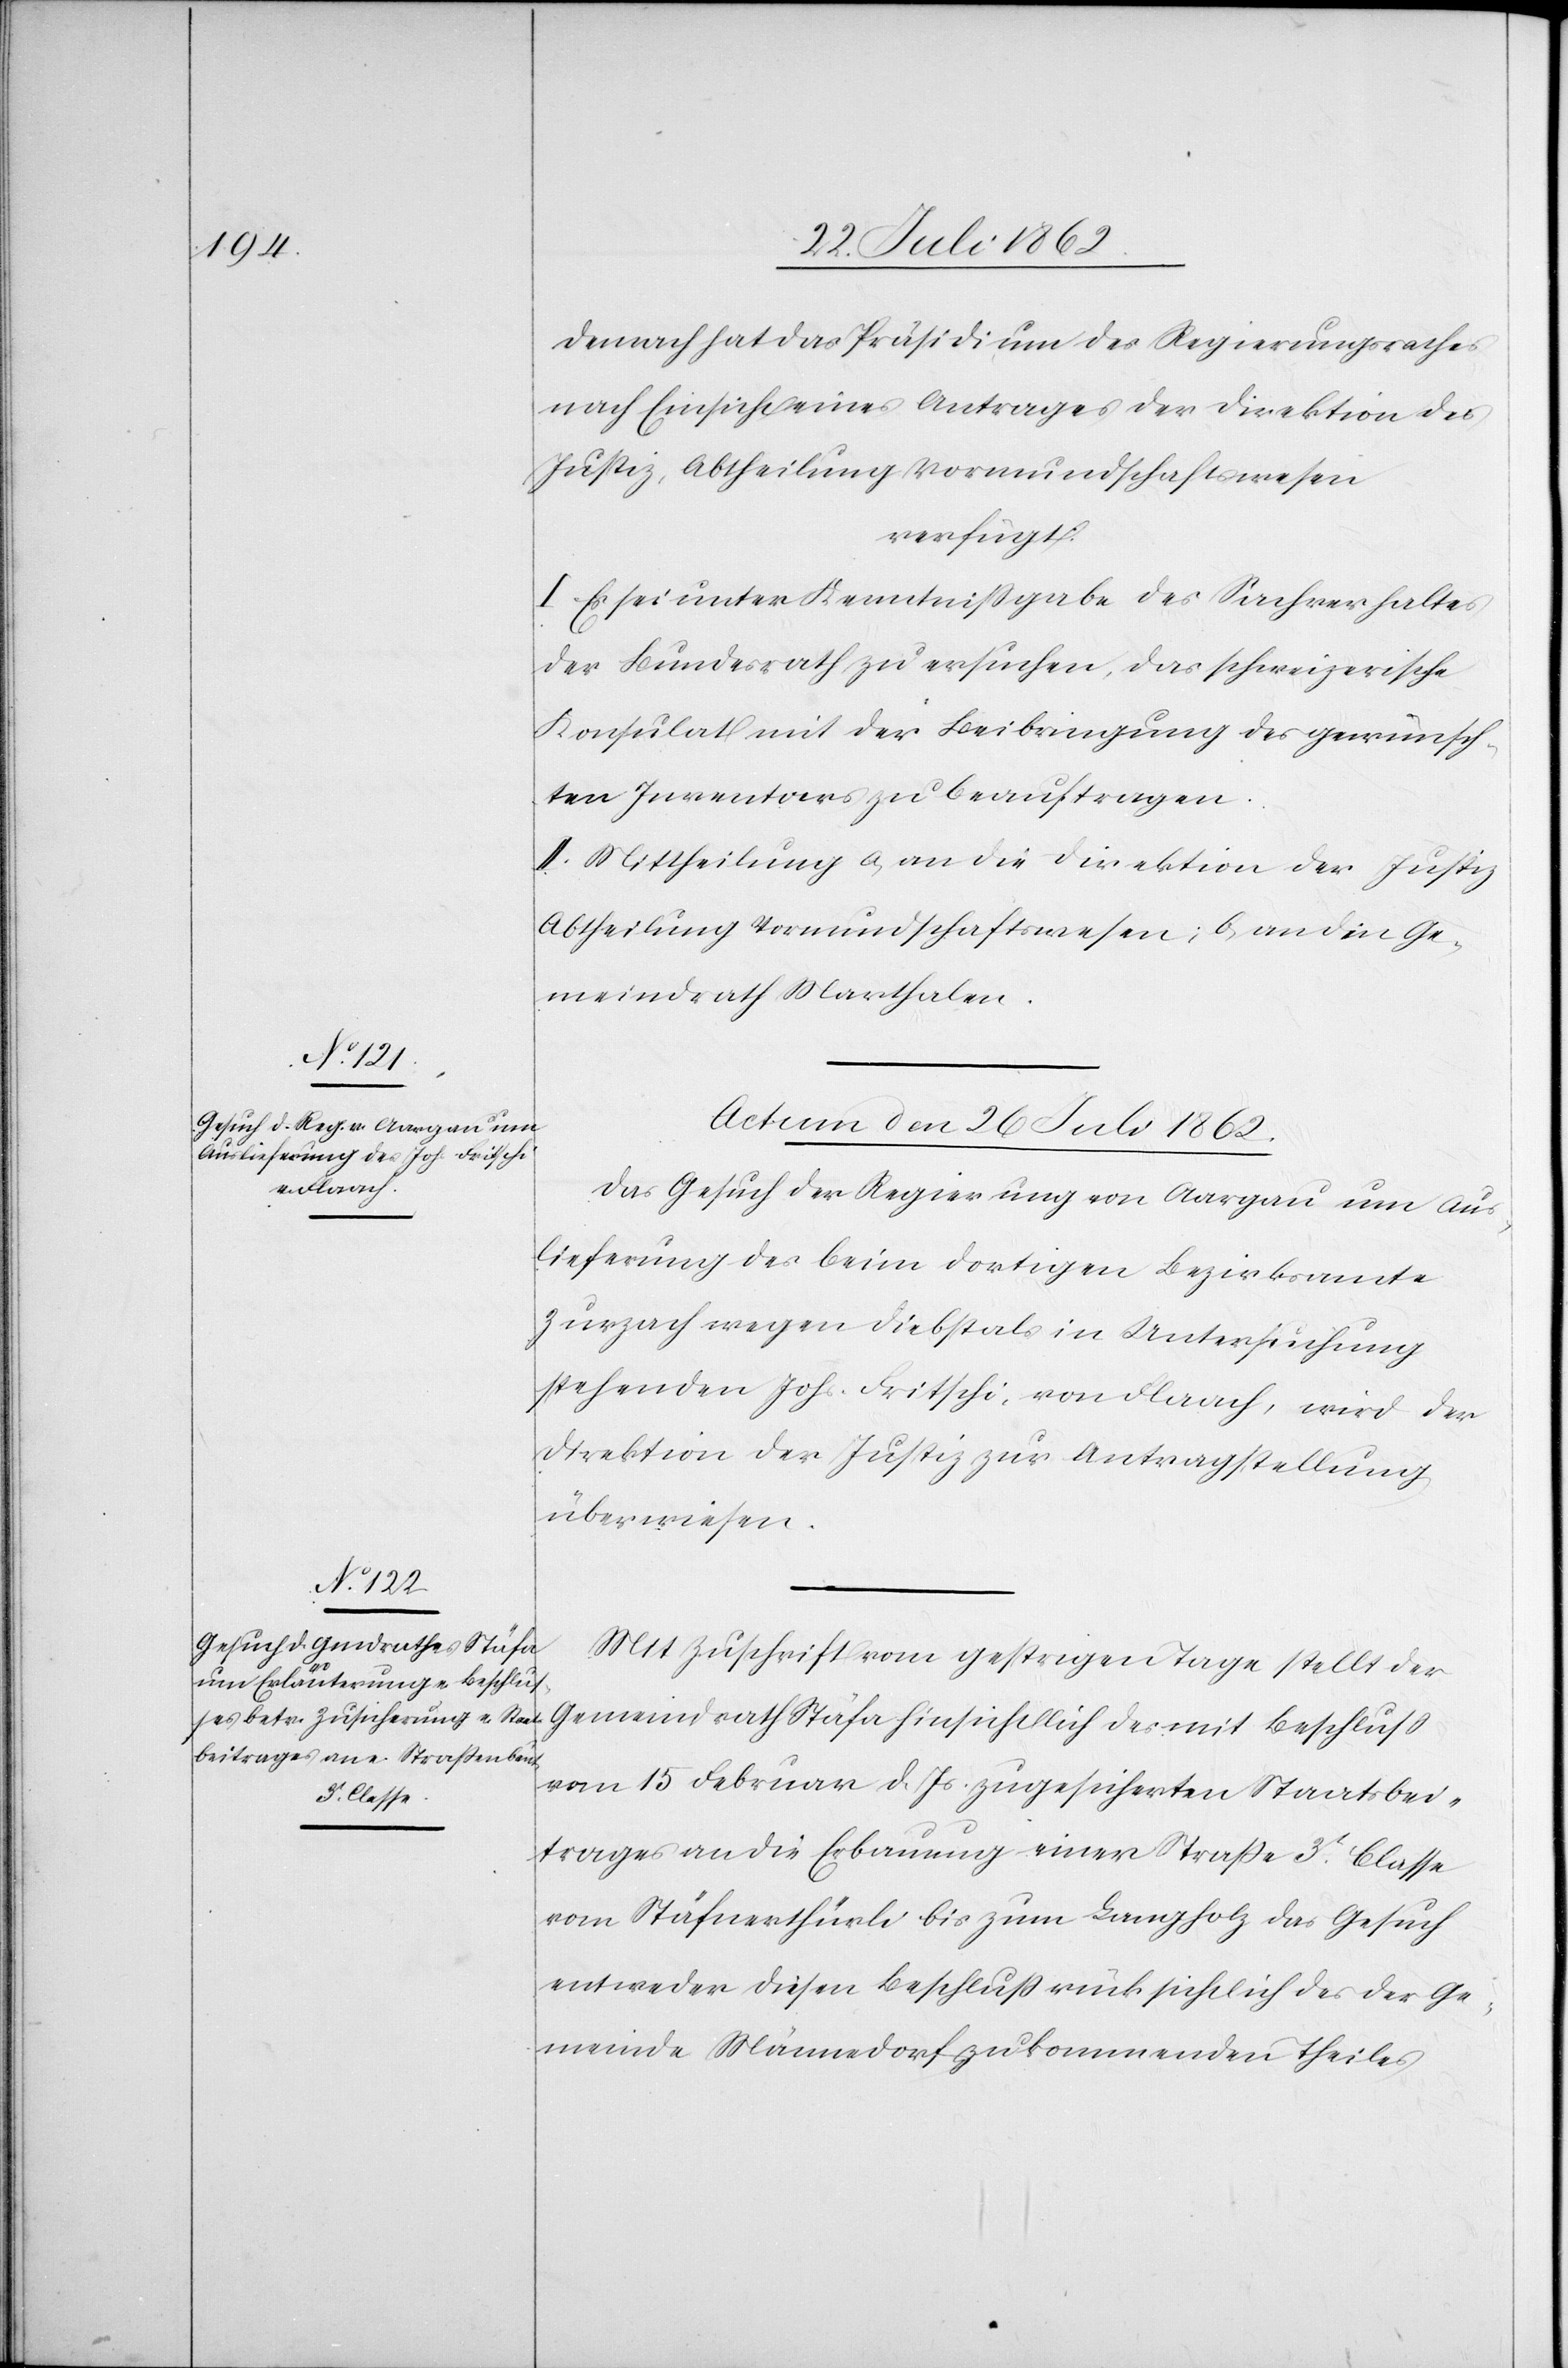
nach Einsicht eines Antrages der Direktion der
Justiz, Abtheilung Vormundschaftswesen
verfügt:
I. Es sei unter Kenntnißgabe des Sachverhaltes
der Bundesrath zu versuchen, das schweizerische
Konsulat mit der Beibringung des gewünsch¬
ten Inventars zu beauftragen.
II. Mittheilung a. an die Direktion der Justiz
Abtheilung Vormundschaftswesen; b. an den Ge¬
meindrath Marthalen.
Actum den 26. Juli 1862.]
Das Gesuch der Regierung von Aargau um Aus¬
lieferung des beim dortigen Bezirksamte
Zurzach wegen Diebstals in Untersuchung
stehenden Johs. Fritschi, von Flaach, wird der
Direktion der Justiz zur Antragstellung
überwiesen.
Mit Zuschrift vom gestrigen Tage stellt der
vom 15. Februar d. Js. zugesicherten Staatsbei¬
trages an die Erbauung einer Straße 3t Classe
vom Stäfnerthürli bis zum Langholz das Gesuch
entweder diesen Beschluß rücksichtlich des der Ge¬
meinde Männedorf zukommenden Theiles